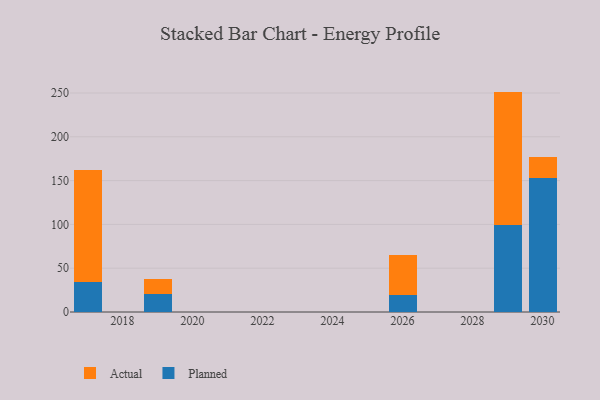
{"axis": {"x": "Year", "y": "Headcount"}, "legend": ["Actual", "Planned"], "data": [{"x": "2019", "y": 20.8, "type": "Planned"}, {"x": "2019", "y": 16.9, "type": "Actual"}, {"x": "2030", "y": 152.7, "type": "Planned"}, {"x": "2030", "y": 23.8, "type": "Actual"}, {"x": "2017", "y": 33.8, "type": "Planned"}, {"x": "2017", "y": 128.2, "type": "Actual"}, {"x": "2029", "y": 99.6, "type": "Planned"}, {"x": "2029", "y": 152.0, "type": "Actual"}, {"x": "2026", "y": 19.8, "type": "Planned"}, {"x": "2026", "y": 45.1, "type": "Actual"}]}